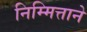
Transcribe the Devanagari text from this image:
निम्मित्ताने